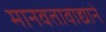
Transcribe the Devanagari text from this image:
मानवतावाद्याने